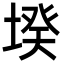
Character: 𡎝